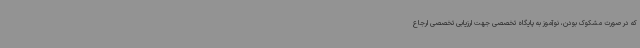
که در صورت مشکوک بودن، نوآموز به پایگاه تخصصی جهت ارزیابی تخصصی ارجاع